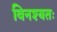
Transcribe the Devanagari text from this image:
विनश्यतः